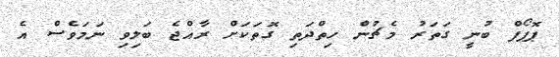
ޕޮޕޯފް ބުނީ ގަތަރު މެޗުން ހިތްދަތި ގޮތަކަށް ރާއްޖެ ބަލިވި ނަމަވެސް އެ